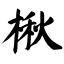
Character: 楸